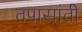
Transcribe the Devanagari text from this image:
तपासांती